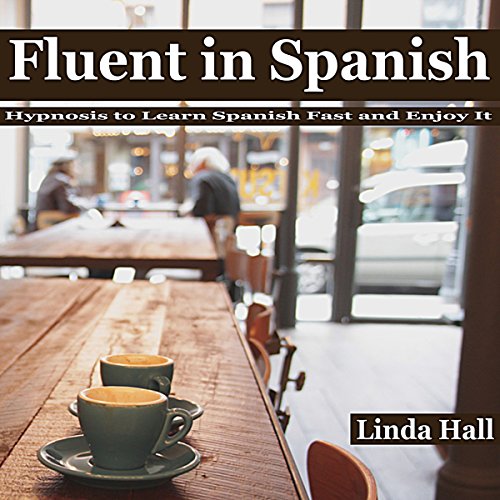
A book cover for Fluent in Spanish: Hypnosis to Learn Spanish Fast and Enjoy It; Linda Hall; Self-Help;